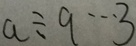
a \div 9 \cdots 3